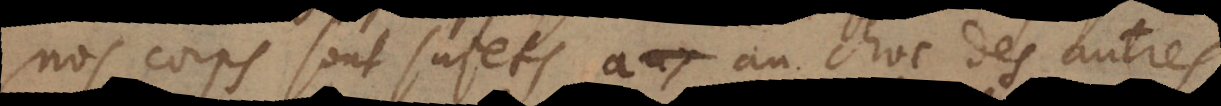
nos corps sont sujets au choc des autres